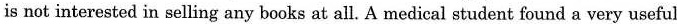
is not interested in selling any books at all. A medical student found a very useful